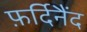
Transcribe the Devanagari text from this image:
फ़र्दिनैंद